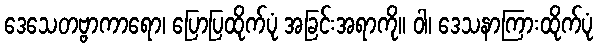
ဒေသေတဗ္ဗာကာရော၊ ပြောပြထိုက်ပုံ အခြင်းအရာကို။ ဝါ၊ ဒေသနာကြားထိုက်ပုံ